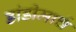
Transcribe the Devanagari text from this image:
डांडीमार्च